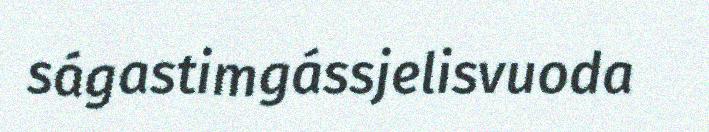
ságastimgássjelisvuoda